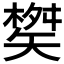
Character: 𮀇